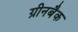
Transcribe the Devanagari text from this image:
ग्रीनबैक